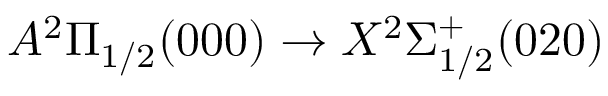
A ^ { 2 } \Pi _ { 1 / 2 } ( 0 0 0 ) \rightarrow X ^ { 2 } \Sigma _ { 1 / 2 } ^ { + } ( 0 2 0 )